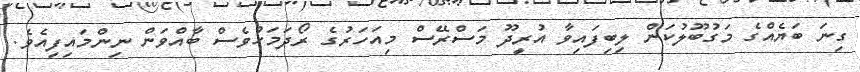
ގިނަ ބަޔެއްގެ މަގުބޫލުކަން ލިބިފައިވާ އުރީދޫ މަސްރޭސް މިއަހަރުގެ ރޯދަމަހުވެސް ބާއްވަން ނިންމައިފިއެވެ.